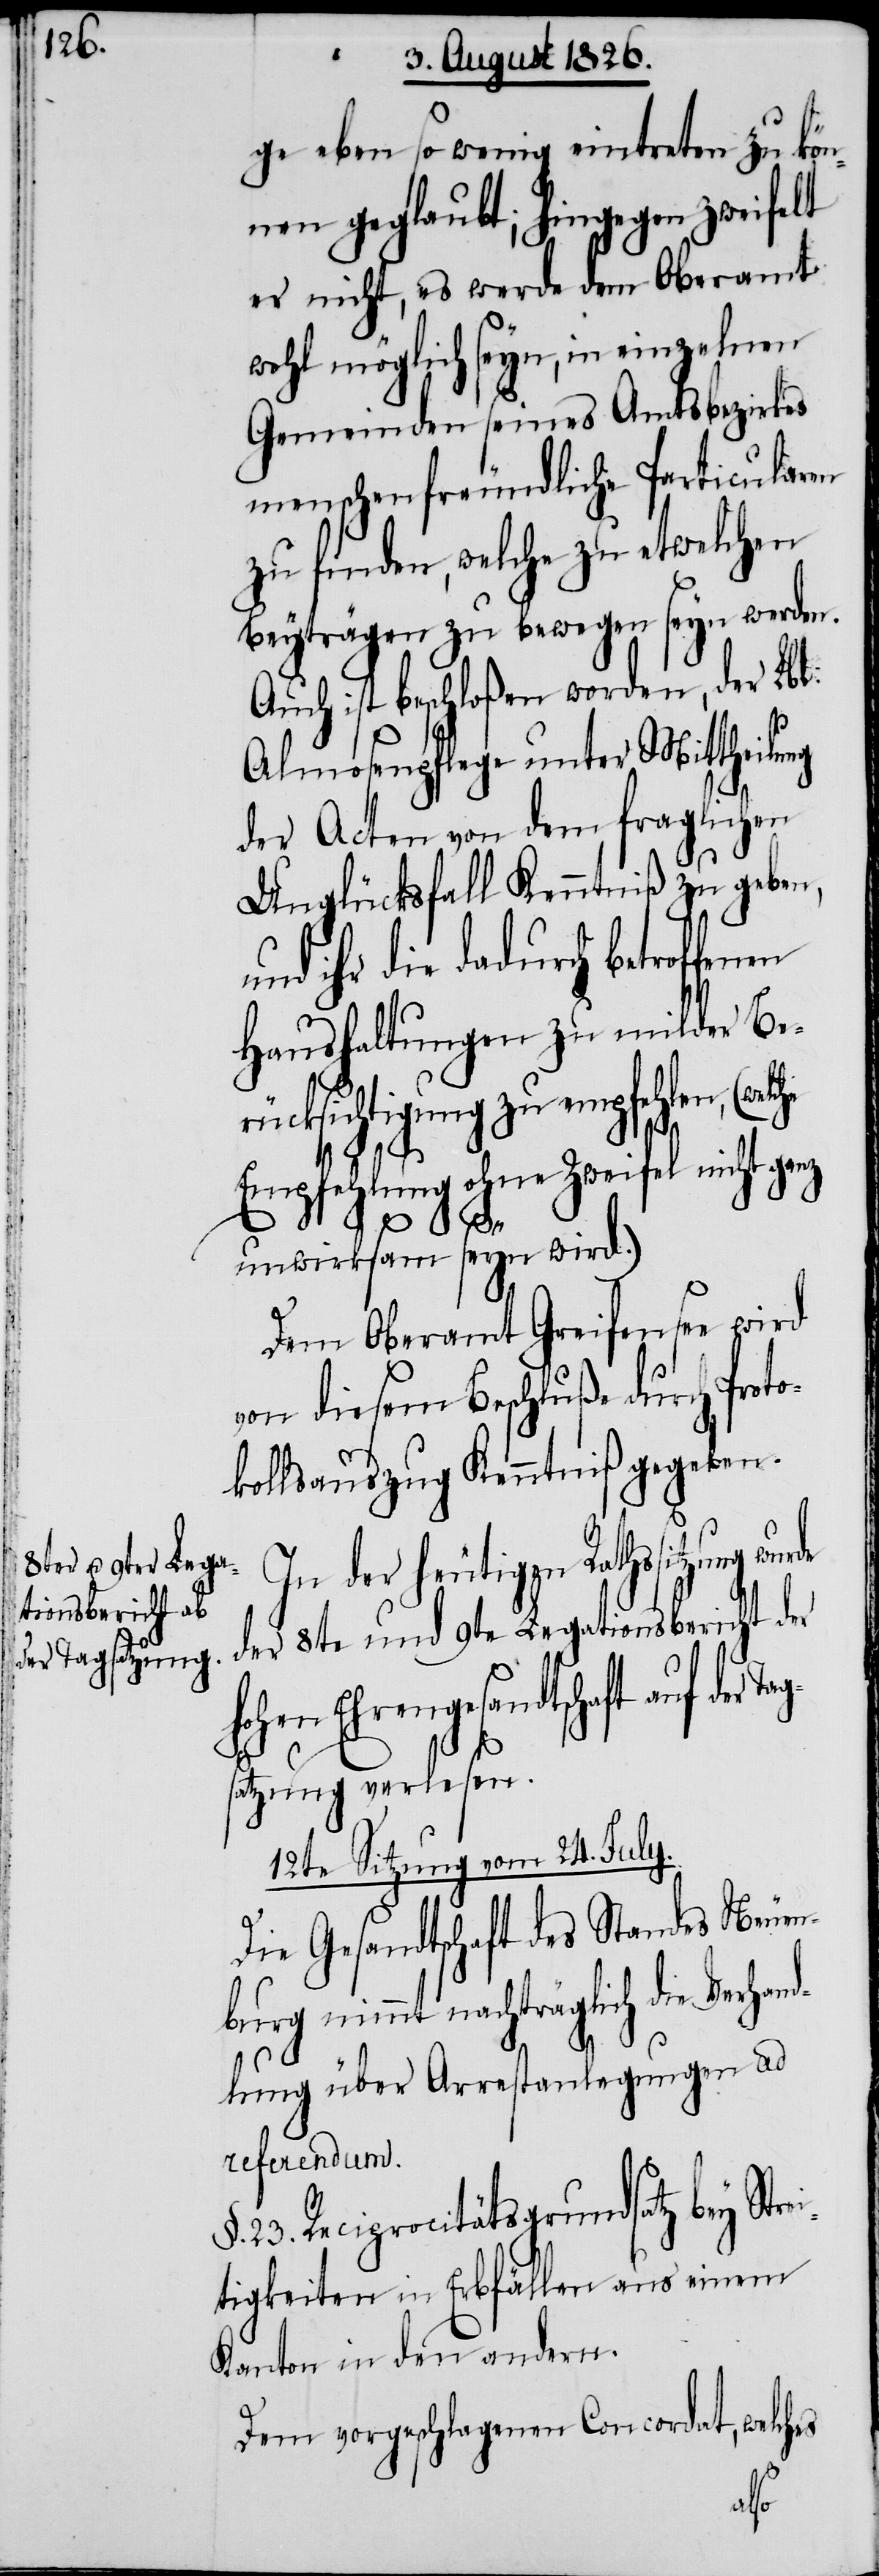
ge eben so wenig eintreten zu kön¬
nen geglaubt; hingegen zweifelt
er nicht, es werde dem Oberamt
wohl möglich seyn, in einzelnen
Gemeinden seines Amtsbezirkes
menschenfreundliche Particularen
zu finden, welche zu etwelchen
Beyträgen zu bewegen seyn werden.
In der heutigen Rathssitzung
der 8te und 9te Legationsbericht der
hohen Ehrengesandtschaft auf der Ta¬
gsatzung verlesen.
12te Sitzung vom 24. July.
Die Gesandtschaft des Standes Neuen¬
burg nimmt nachträglich die Verhand¬
lung über Arrestanlegungen ad
referendum.
23. Reciprocitätsgrundsatz bey Stre¬
itigkeiten in Erbfällen aus einem
Kanton in den andern.
Dem vorgeschlagenen Concordat, welch¬
es